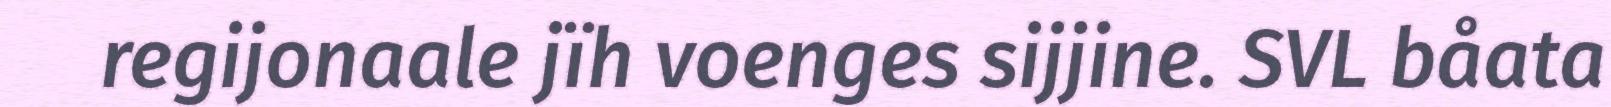
regijonaale jïh voenges sijjine. SVL båata